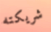
شريكته